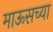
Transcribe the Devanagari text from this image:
माऊसच्या